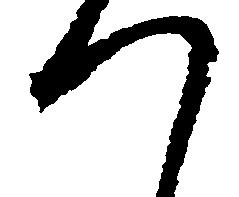
つ